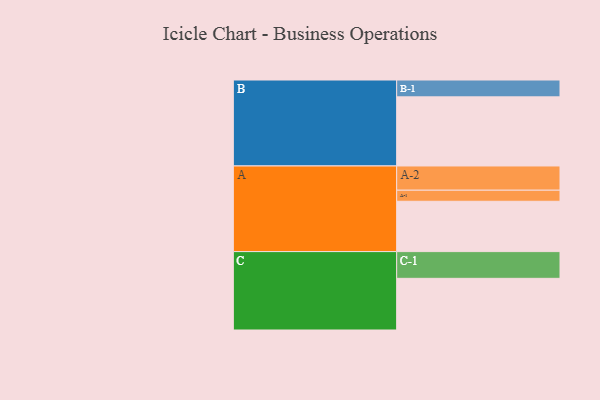
{"axis": {"x": "Segment", "y": "Value"}, "legend": ["", "A", "B", "C"], "data": [{"x": "A", "y": 418, "type": ""}, {"x": "B", "y": 574, "type": ""}, {"x": "C", "y": 429, "type": ""}, {"x": "A-1", "y": 92, "type": "A"}, {"x": "A-2", "y": 201, "type": "A"}, {"x": "B-1", "y": 140, "type": "B"}, {"x": "C-1", "y": 222, "type": "C"}]}